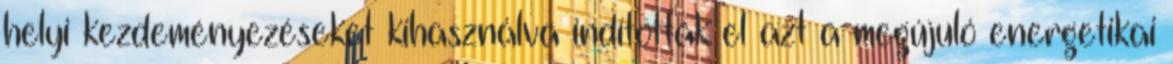
helyi kezdeményezéseket kihasználva indították el azt a megújuló energetikai